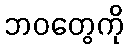
ဘဝတွေကို